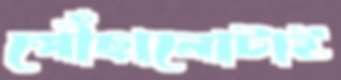
পৌঁছানোটাই